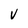
Character: v